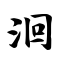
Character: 洄